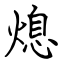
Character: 熄